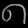
Digit: ၈